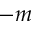
- m